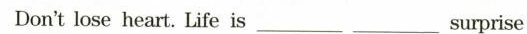
Don'tlose heart.Life is___surprise